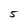
Character: 5